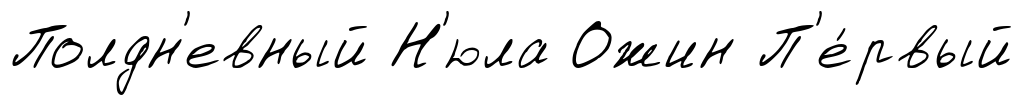
Полдн'евный Н'юла Ожин П'е́рвый